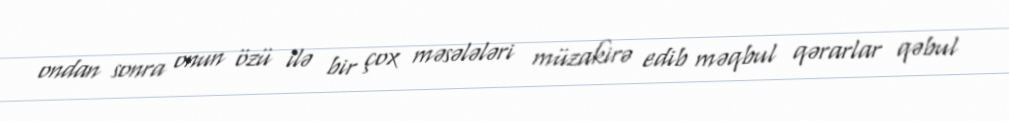
ondan sonra onun özü ilə bir çox məsələləri müzakirə edib məqbul qərarlar qəbul